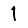
Digit: 1